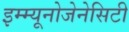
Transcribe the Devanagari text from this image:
इम्म्यूनोजेनेसिटी